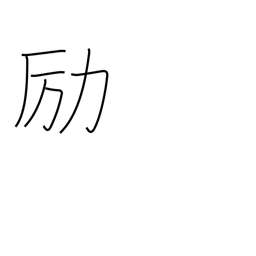
Meaning: be diligent